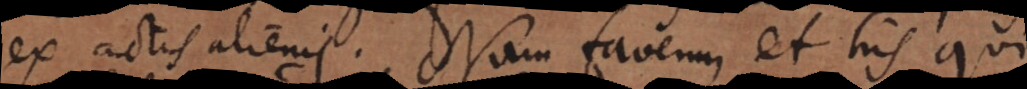
ex actis alienis. Nam favemus et his qui